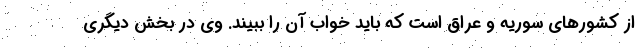
از کشورهای سوریه و عراق است که باید خواب آن را ببیند. وی در بخش دیگری